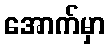
အောက်မှာ